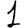
Digit: 1